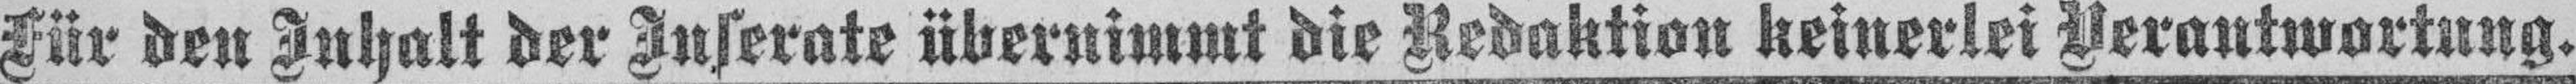
Für den Inhalt der Inserate übernimmt die Redaktion keinerlei Verantwortung.